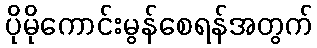
ပိုမိုကောင်းမွန်စေရန်အတွက်